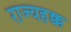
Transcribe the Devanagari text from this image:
राज्यहक्क